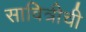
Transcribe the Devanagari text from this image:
सावित्रीची